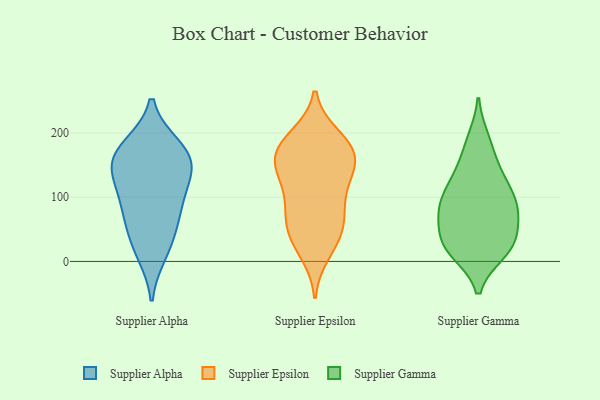
{"axis": {"x": "Net Income (USD K)", "y": "Value"}, "legend": ["Supplier Alpha", "Supplier Epsilon", "Supplier Gamma"], "data": [{"x": "", "y": 152, "type": "Supplier Alpha"}, {"x": "", "y": 80, "type": "Supplier Alpha"}, {"x": "", "y": 139, "type": "Supplier Alpha"}, {"x": "", "y": 117, "type": "Supplier Alpha"}, {"x": "", "y": 87, "type": "Supplier Alpha"}, {"x": "", "y": 166, "type": "Supplier Alpha"}, {"x": "", "y": 13, "type": "Supplier Alpha"}, {"x": "", "y": 179, "type": "Supplier Alpha"}, {"x": "", "y": 28, "type": "Supplier Alpha"}, {"x": "", "y": 62, "type": "Supplier Alpha"}, {"x": "", "y": 177, "type": "Supplier Alpha"}, {"x": "", "y": 143, "type": "Supplier Alpha"}, {"x": "", "y": 147, "type": "Supplier Epsilon"}, {"x": "", "y": 157, "type": "Supplier Epsilon"}, {"x": "", "y": 78, "type": "Supplier Epsilon"}, {"x": "", "y": 162, "type": "Supplier Epsilon"}, {"x": "", "y": 188, "type": "Supplier Epsilon"}, {"x": "", "y": 184, "type": "Supplier Epsilon"}, {"x": "", "y": 182, "type": "Supplier Epsilon"}, {"x": "", "y": 106, "type": "Supplier Epsilon"}, {"x": "", "y": 27, "type": "Supplier Epsilon"}, {"x": "", "y": 45, "type": "Supplier Epsilon"}, {"x": "", "y": 72, "type": "Supplier Epsilon"}, {"x": "", "y": 13, "type": "Supplier Epsilon"}, {"x": "", "y": 137, "type": "Supplier Epsilon"}, {"x": "", "y": 142, "type": "Supplier Epsilon"}, {"x": "", "y": 160, "type": "Supplier Epsilon"}, {"x": "", "y": 67, "type": "Supplier Epsilon"}, {"x": "", "y": 109, "type": "Supplier Epsilon"}, {"x": "", "y": 195, "type": "Supplier Epsilon"}, {"x": "", "y": 45, "type": "Supplier Epsilon"}, {"x": "", "y": 91, "type": "Supplier Gamma"}, {"x": "", "y": 26, "type": "Supplier Gamma"}, {"x": "", "y": 26, "type": "Supplier Gamma"}, {"x": "", "y": 19, "type": "Supplier Gamma"}, {"x": "", "y": 190, "type": "Supplier Gamma"}, {"x": "", "y": 60, "type": "Supplier Gamma"}, {"x": "", "y": 91, "type": "Supplier Gamma"}, {"x": "", "y": 77, "type": "Supplier Gamma"}, {"x": "", "y": 14, "type": "Supplier Gamma"}, {"x": "", "y": 132, "type": "Supplier Gamma"}, {"x": "", "y": 53, "type": "Supplier Gamma"}, {"x": "", "y": 137, "type": "Supplier Gamma"}, {"x": "", "y": 85, "type": "Supplier Gamma"}, {"x": "", "y": 34, "type": "Supplier Gamma"}, {"x": "", "y": 103, "type": "Supplier Gamma"}, {"x": "", "y": 136, "type": "Supplier Gamma"}, {"x": "", "y": 86, "type": "Supplier Gamma"}, {"x": "", "y": 181, "type": "Supplier Gamma"}, {"x": "", "y": 15, "type": "Supplier Gamma"}]}